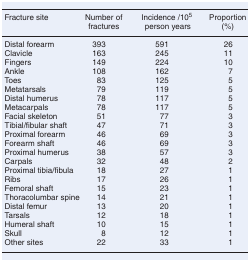
| Fracture site | Number of fractures | Incidence/105 person years | Proportion (%) |
 | --- | --- | --- | --- |
 | Distal forearm | 393 | 591 | 26 |
 | Clavicle | 163 | 245 | 11 |
 | Fingers | 149 | 224 | 10 |
 | Ankle | 108 | 162 | 7 |
 | Toes | 83 | 125 | 5 |
 | Metatarsals | 79 | 119 | 5 |
 | Distal humerus | 78 | 117 | 5 |
 | Metacarpals | 78 | 117 | 5 |
 | Facial skeleton | 51 | 77 | 3 |
 | Tibial/fibular shaft | 47 | 71 | 3 |
 | Proximal forearm | 46 | 69 | 3 |
 | Forearm shaft | 46 | 69 | 3 |
 | Proximal humerus | 38 | 57 | 3 |
 | Carpals | 32 | 48 | 2 |
 | Proximal tibia/fibula | 18 | 27 | 1 |
 | Ribs | 17 | 26 | 1 |
 | Femoral shaft | 15 | 23 | 1 |
 | Thoracolumbar spine | 14 | 21 | 1 |
 | Distal femur | 13 | 20 | 1 |
 | Tarsals | 12 | 18 | 1 |
 | Humeral shaft | 10 | 15 | 1 |
 | Skull | 8 | 12 | 1 |
 | Other sites | 22 | 33 | 1 |